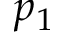
p _ { 1 }